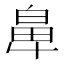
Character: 𮮵